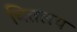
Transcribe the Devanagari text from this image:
चित्तलय